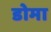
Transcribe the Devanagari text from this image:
डोमा